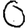
Digit: 0